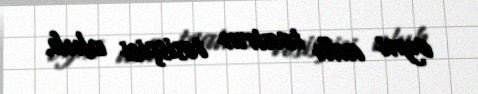
eyni adlı teatrın təsisçisi olub.